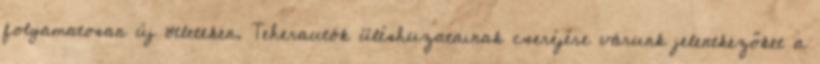
folyamatosan új ötleteken. Teherautók üléshuzatainak cseréjére várunk jelentkezőket a